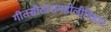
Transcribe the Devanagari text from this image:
गीतसीतारामहोलीविहार